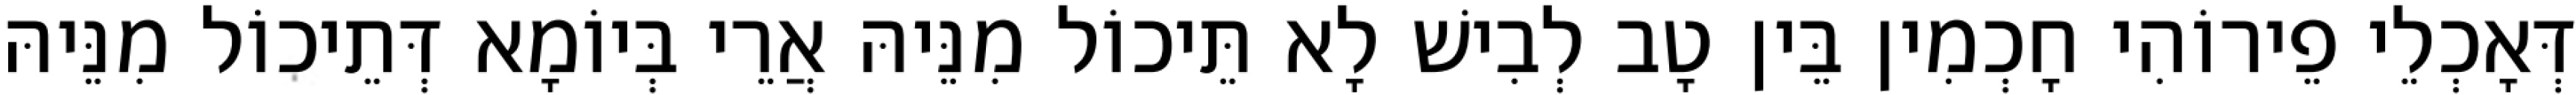
דְּאָכְלֵי פֵירוֹהִי חָכְמִין בֵּין טָב לְבִישׁ לָא תֵּיכוֹל מִנֵּיהּ אֲרֵי בְּיוֹמָא דְּתֵיכוֹל מִנֵּיהּ